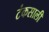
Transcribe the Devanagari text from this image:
टंकसाली